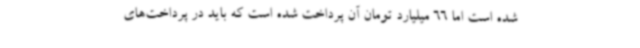
شده است اما 66 میلیارد تومان آن پرداخت شده است که باید در پرداخت‌های